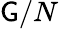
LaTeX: \mathsf{G}/N